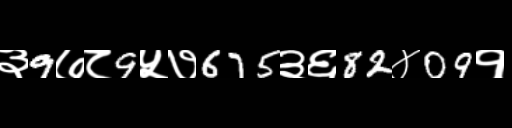
Text: ३9७८9५७675३६82४09१